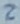
Text: 2